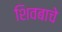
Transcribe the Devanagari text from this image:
शिवबाचे